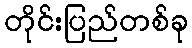
တိုင်းပြည်တစ်ခု